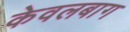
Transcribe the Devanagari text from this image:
केवलबाग